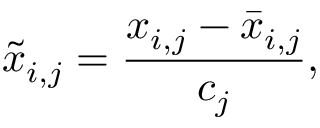
\tilde { x } _ { i , j } = \frac { x _ { i , j } - \bar { x } _ { i , j } } { c _ { j } } ,